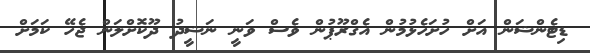
ޑިޓެންޝަން އަށް ހުށަހެޅުމުން އެގްރޫޕުން ވެސް ވަނީ ނަޝީދު ދޫކޮށްލަން ޖެހޭ ކަމަށް